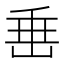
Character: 𡸁